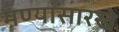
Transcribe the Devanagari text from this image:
मण्यांसारखे